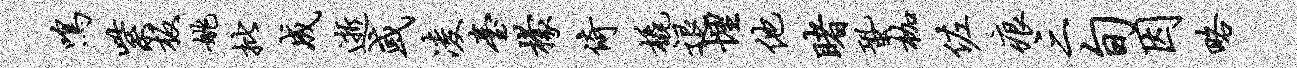
鸣紫板姚批成逝或凌台檬倚橇退埋他睹蛩枷佐痕三旬因略